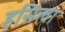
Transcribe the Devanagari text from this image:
हसिला